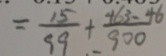
= \frac { 1 5 } { 9 9 } + \frac { 4 6 3 - 4 6 } { 9 0 0 }